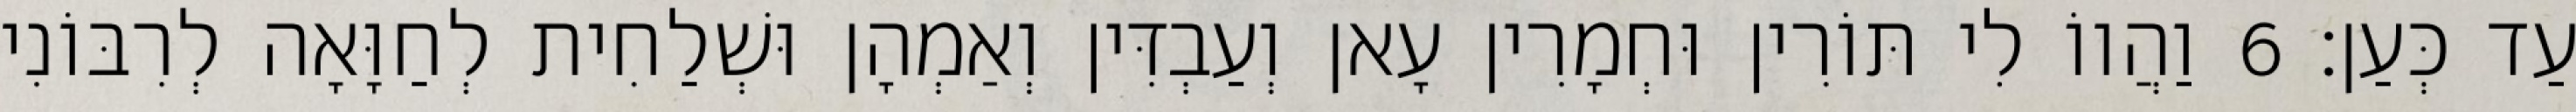
עַד כְּעַן׃ 6 וַהֲווֹ לִי תּוֹרִין וּחְמָרִין עָאן וְעַבְדִּין וְאַמְהָן וּשְׁלַחִית לְחַוָּאָה לְרִבּוֹנִי